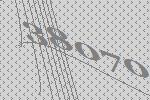
38070